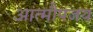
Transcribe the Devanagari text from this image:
आत्मौपजय